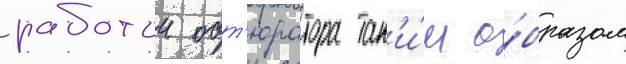
работои обт'юратора так'и́м о́бразом